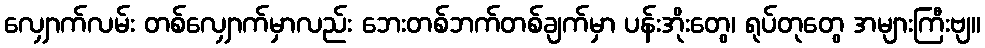
လျှောက်လမ်း တစ်လျှောက်မှာလည်း ဘေးတစ်ဘက်တစ်ချက်မှာ ပန်းအိုးတွေ၊ ရုပ်တုတွေ အများကြီးဗျ။